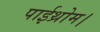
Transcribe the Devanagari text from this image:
पाईथ्रोम।